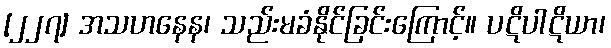
[၂၂၇] အသဟနေန၊ သည်းမခံနိုင်ခြင်းကြောင့်။ ပဋိပါဋိယာ၊